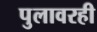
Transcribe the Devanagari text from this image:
पुलावरही